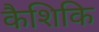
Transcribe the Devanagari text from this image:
कैशिकि